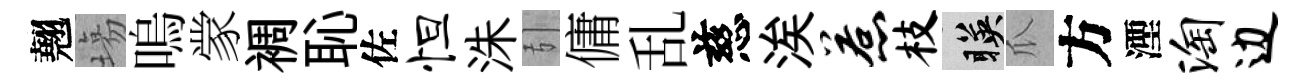
翹塲嗚䝉裯恥佐怛洙引傭乱慈涘惹枝暎瓜方湮淘边